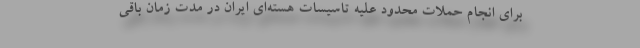
برای انجام حملات محدود علیه تاسیسات هسته‌ای ایران در مدت زمان باقی